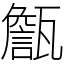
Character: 甔